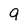
Character: g